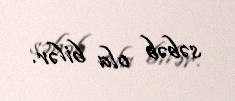
səbəb ola bilər.